Riigikantselei, lk 21
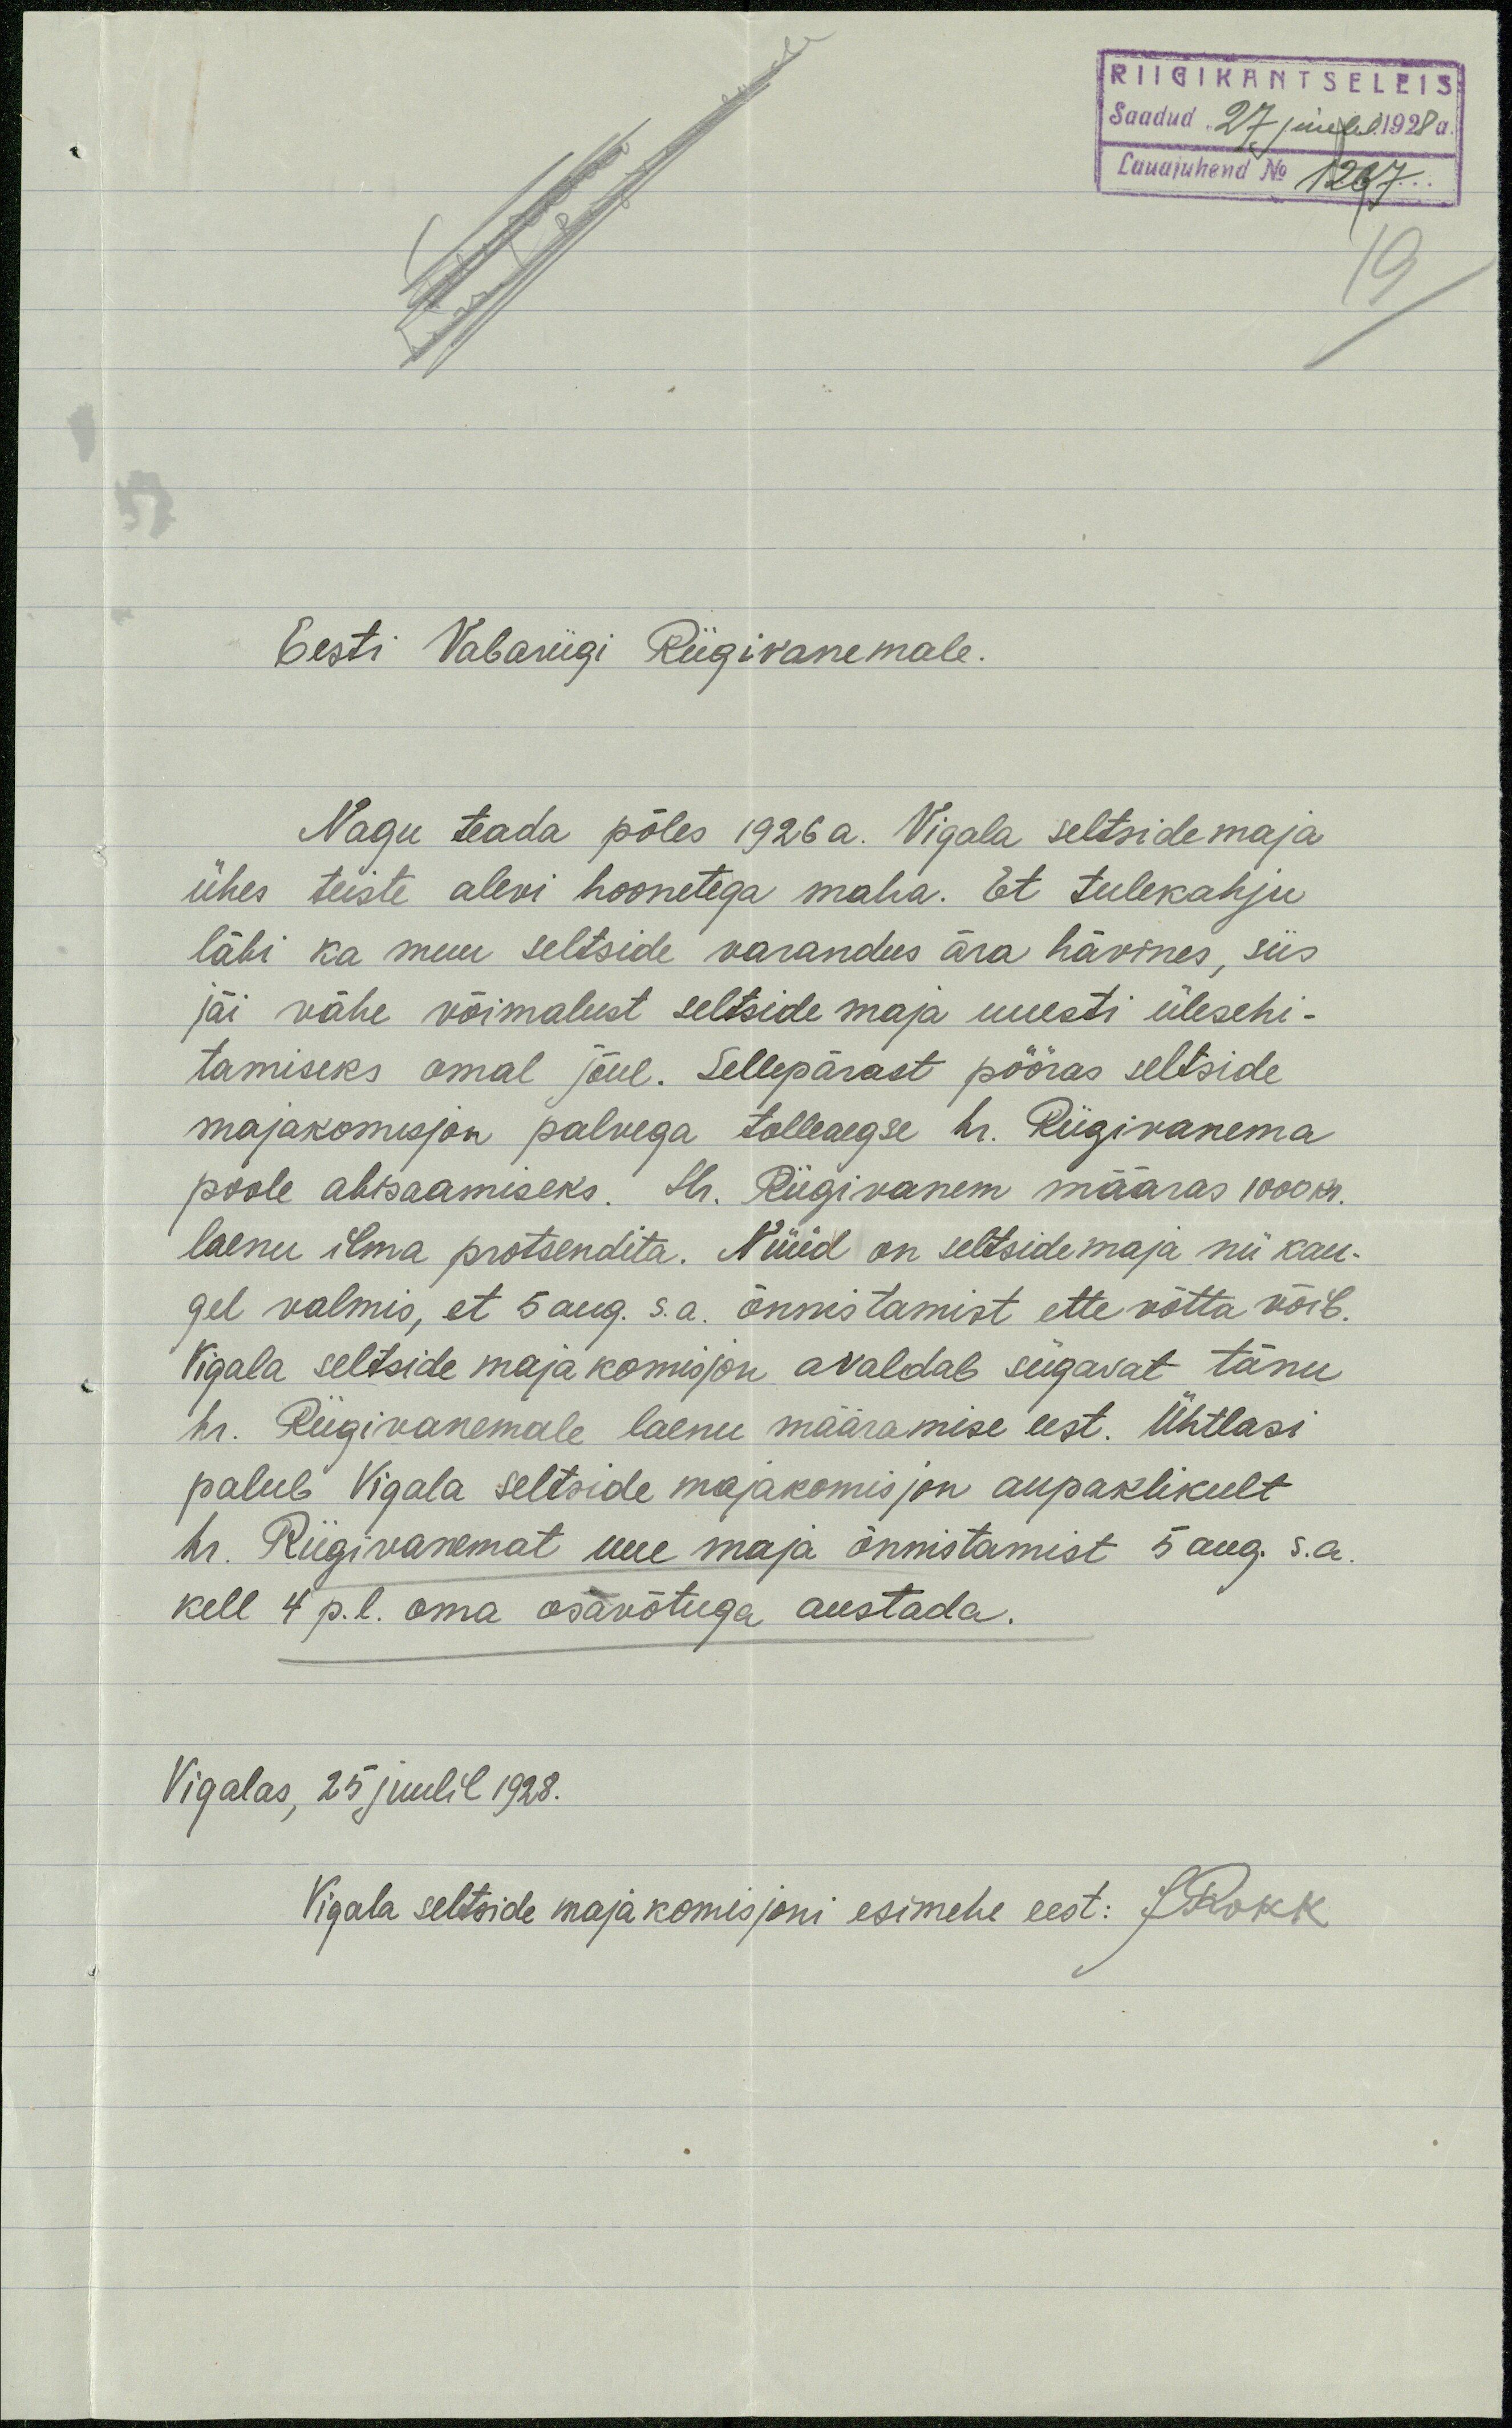
RIIGIKANTSELEIS
Saadud 27 juulil 1928 a.
Lauajuhend No 1267
Eesti Vabariigi Riigivanemale.
Nagu teada põles 1926 a. Vigala seltside maja
ühes teiste alevi hoonetega maha. Et tulekahju
läbi ka muu seltside varandus ära hävines, siis
jäi vähe võimalust seltside maja uuesti ülesehi-
tamiseks omal jõul. Sellepärast pööras seltside
majakomisjon palvega tolleaegse hr. Riigivanema
poole abisaamiseks. Hr. Riigivanem määras 1000 kr.
laenu ilma protsendita. Nüüd on seltsidemaja nii kau-
gel valmis, et 5 aug. s.a. õnnistamist ette võtta võib.
Vigala seltside maja komisjon avaldab sügavat tänu
hr. Riigivanemale laenu määramise eest. Ühtlasi
palub Vigala seltside majakomisjon aupaklikult
hr. Riigivanemat uue maja õnnistamist 5 aug. s.a.
kell 4 p.l. oma osavõtuga austada.
Vigalas, 25 juulil 1928.
Vigala seltside maja komisjoni esimehe eest: J. Rokk